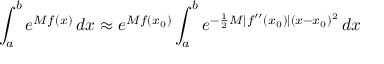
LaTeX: \int _ { a } ^ { b } e ^ { M f ( x ) } \, d x \approx e ^ { M f ( x _ { 0 } ) } \int _ { a } ^ { b } e ^ { - { \frac { 1 } { 2 } } M | f ^ { \prime \prime } ( x _ { 0 } ) | ( x - x _ { 0 } ) ^ { 2 } } \, d x